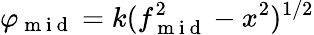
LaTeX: \varphi_{\mathrm{~m~i~d~}}=k(f_{\mathrm{~m~i~d~}}^{2}-x^{2})^{1/2}